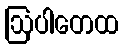
ဩပါတေထ